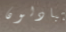
يتبادلون